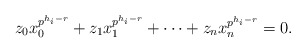
\begin{align*}z_0x_0^{p^{h_i-r}}+z_1x_1^{p^{h_i-r}}+\cdots+z_nx_n^{p^{h_i-r}}=0. \end{align*}